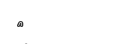
٩